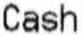
CASH